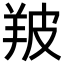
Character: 𦍷